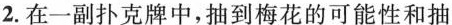
2.在一副扑克牌中，抽到梅花的可能性和抽